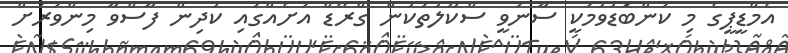
އެމްޑީޕީގެ މި ކަންބޮޑުވުމަކީ ސާނަވީ ސްކޫލުތަކުން ގްރޭޑް އަށެއްގައި ކުދިން ފާސްވާ މިންވަރަށް